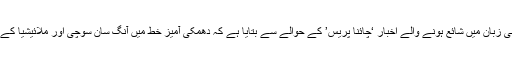
نیوز ویب سائیٹ نے ملائیشیا کے چینی زبان میں شائع ہونے والے اخبار ‘چائنا پریس’ کے حوالے سے بتایا ہے کہ دھمکی آمیز خط میں آنگ سان سوچی اور ملائیشیا کے رہنماؤں کی تصاویر بھی شامل تھیں۔